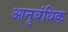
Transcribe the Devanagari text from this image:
आनुबंधिक